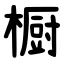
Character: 橱